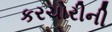
કરચોરીની